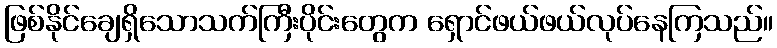
ဖြစ်နိုင်ချေရှိသောသက်ကြီးပိုင်းတွေက ရှောင်ဖယ်ဖယ်လုပ်နေကြသည်။